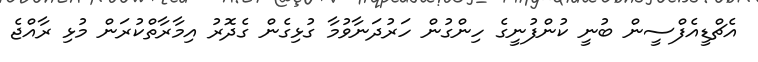
އެޗްޑީއެފްސީން ބުނީ ކުންފުނީގެ ހިންގުން ހަރުދަނާވުމާ ގުޅިގެން ގެދޮރު އިމާރާތްކުރަން މުޅި ރާއްޖެ